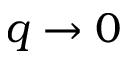
q \rightarrow 0